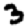
Digit: 3